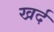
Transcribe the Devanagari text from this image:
खर्द